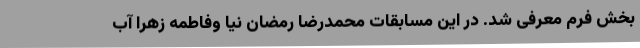
بخش فرم معرفی شد. در این مسابقات محمدرضا رمضان نیا وفاطمه زهرا آب